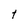
Character: t